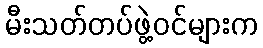
မီးသတ်တပ်ဖွဲ့ဝင်များက